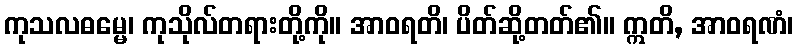
ကုသလဓမ္မေ၊ ကုသိုလ်တရားတို့ကို။ အာဝရတိ၊ ပိတ်ဆို့တတ်၏။ ဣတိ, အာဝရဏံ၊